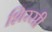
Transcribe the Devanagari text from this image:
शिरसी